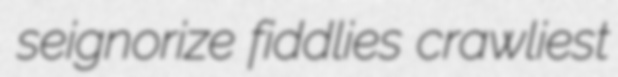
seignorize fiddlies crawliest